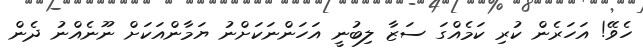
ހެވޭ! އަހަރެން ކުރި ކަމެއްގަ ސަޒާ ލިބުނީ އަހަންނަކަށްނު ޔަމާންއަކަށް ނޫނެއްނު ދެން